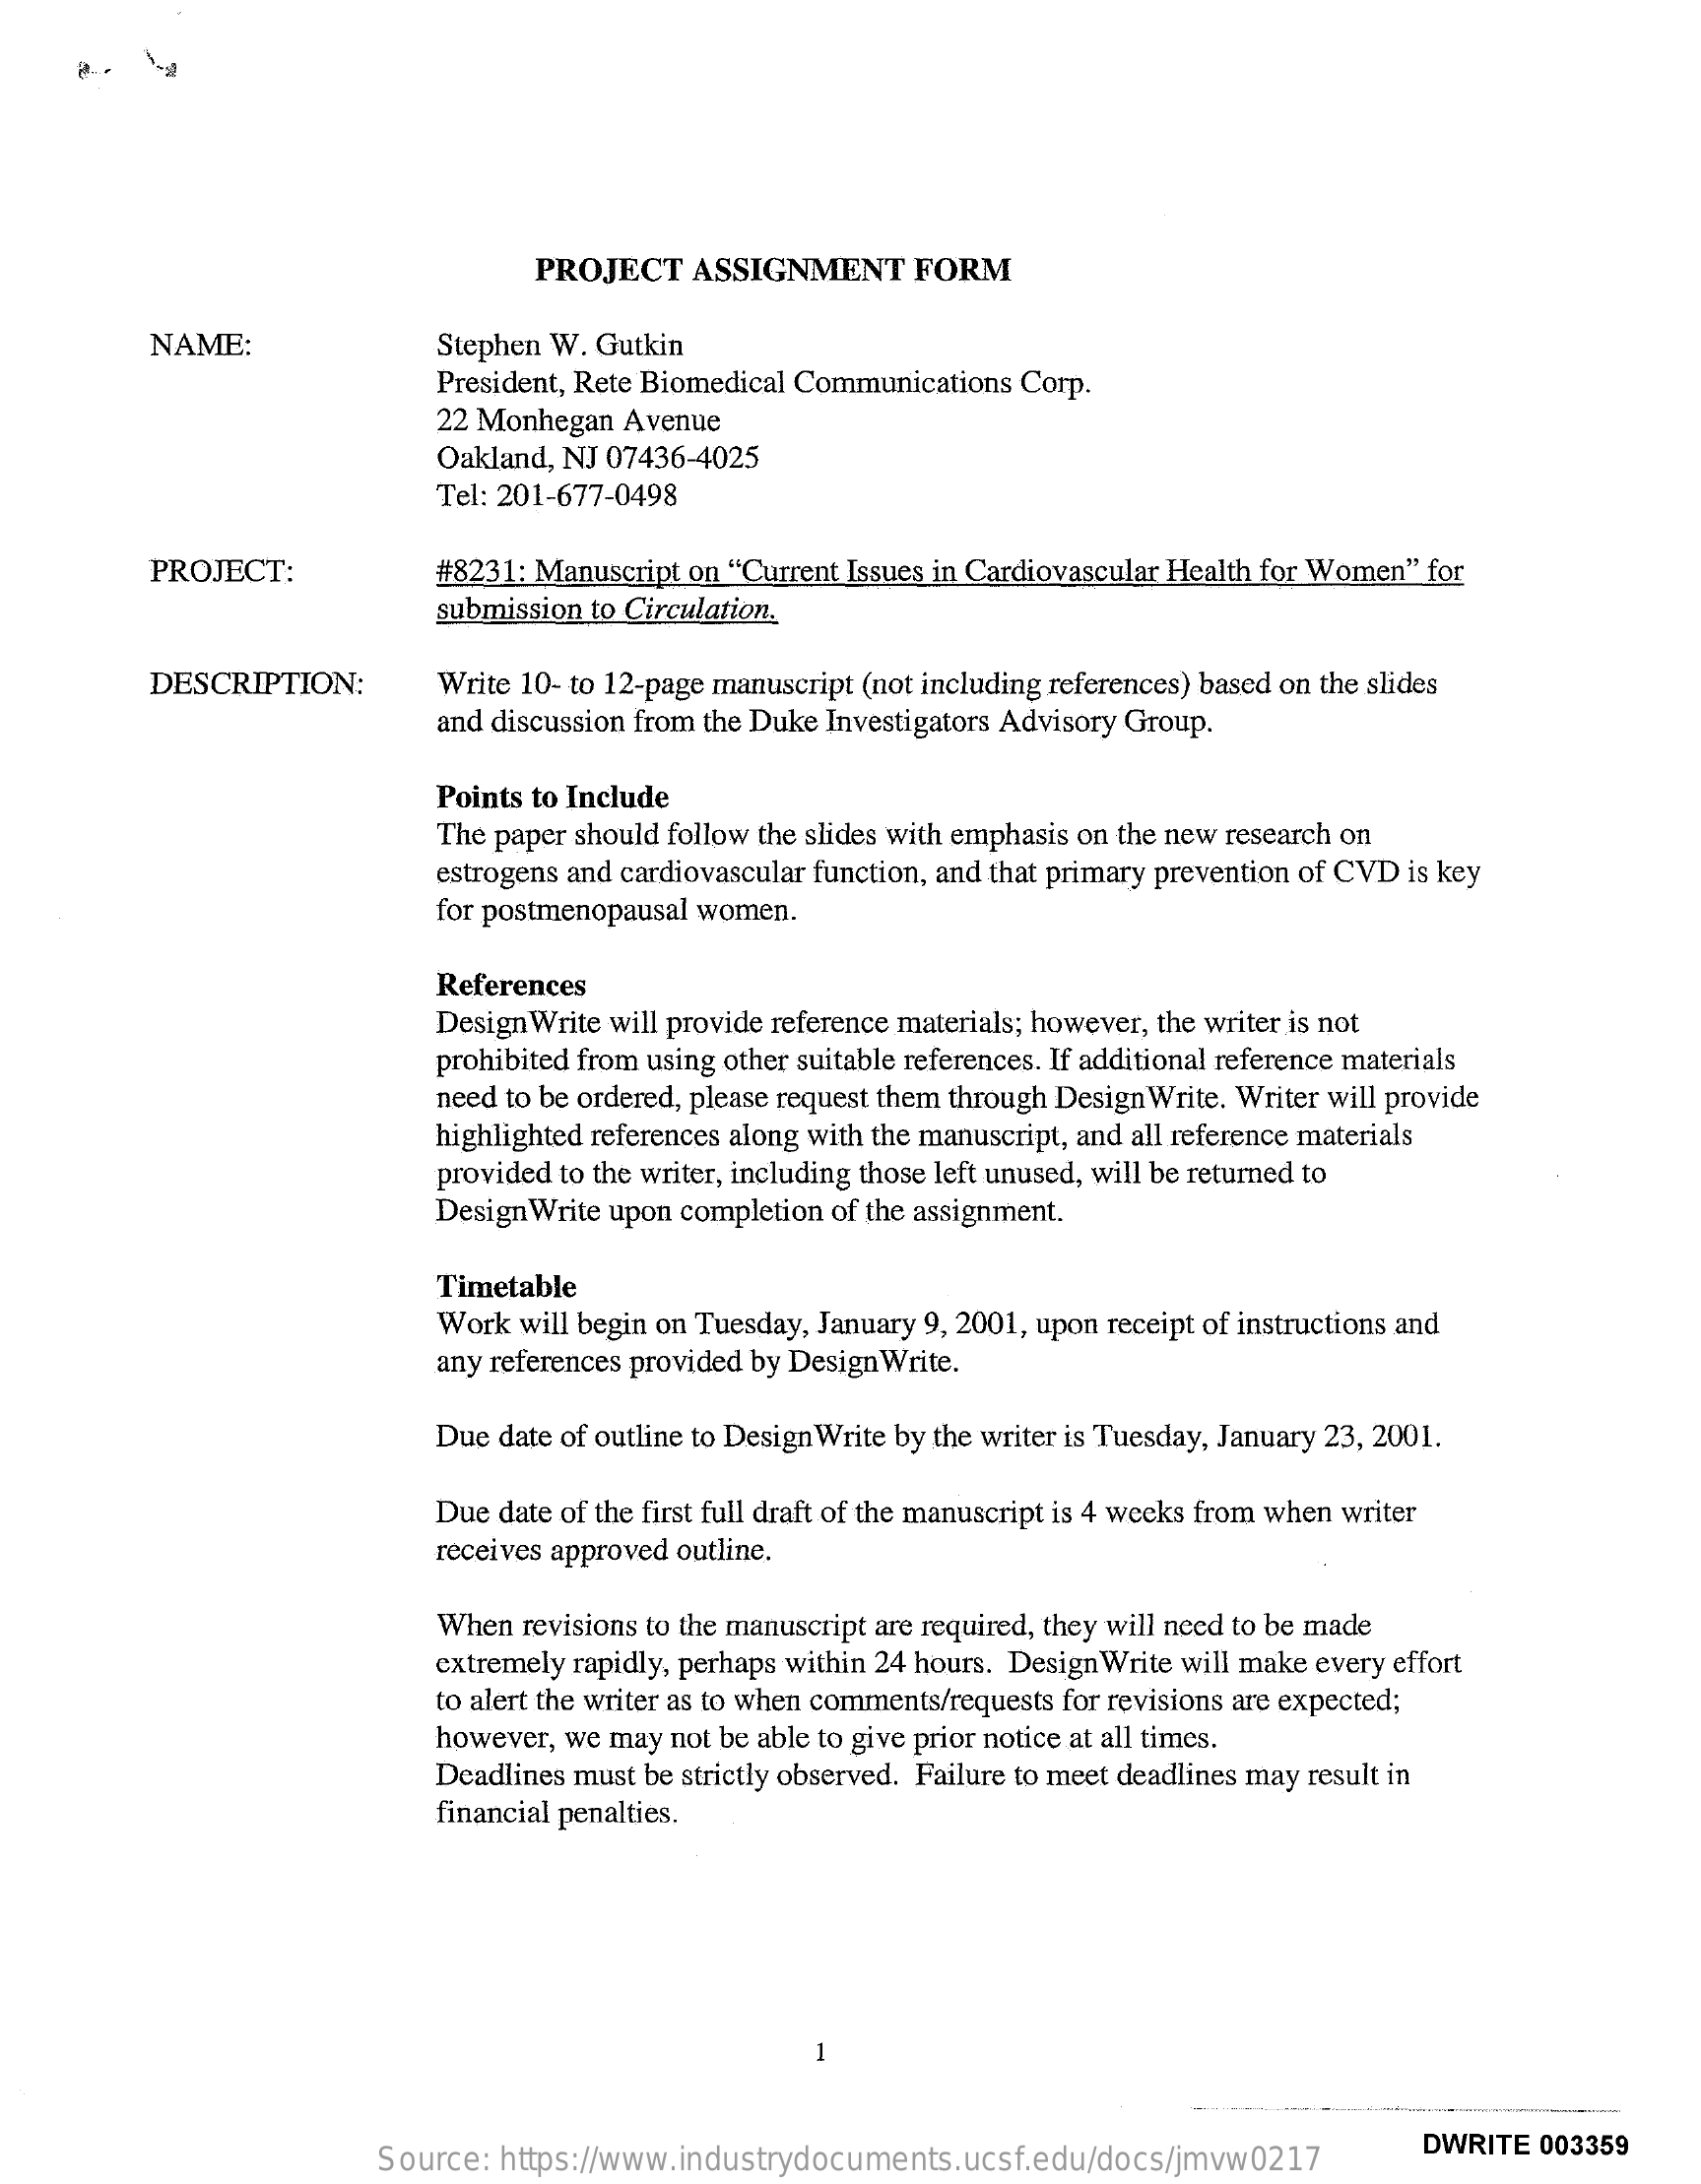
PROJECT  ASSIGNMENT    FORM
     NAME:    Stephen W. Gutkin
     President, Rete Biomedical Communications Corp.
     22 Monhegan Avenue
     Oakland, NJ 07436-4025
     Tel: 201-677-0498
     PROJECT:    #8231: Manuscript on "Current Issues in Cardiovascular Health for Women" for
     submission to Circulation.
     DESCRIPTION:    Write 10- to 12-page manuscript (not including references) based on the slides
     and discussion from the Duke Investigators Advisory Group.
     Points to Include
     The paper should follow the slides with emphasis on the new research on
     estrogens and cardiovascular function, and that primary prevention of CVD is key
     for postmenopausal women.
     References
     Design Write will provide reference materials; however, the writer is not
     prohibited from using other suitable references. If additional reference materials
     need to be ordered, please request them through Design Write. Writer will provide
     highlighted references along with the manuscript, and all reference materials
     provided to the writer, including those left unused, will be returned to
     DesignWrite upon completion of the assignment.
     Timetable
     Work will begin on Tuesday, January 9, 2001, upon receipt of instructions and
     any references provided by Design Write.
     Due date of outline to Design Write by the writer is Tuesday, January 23, 2001.
     Due date of the first full draft of the manuscript is 4 weeks from when writer
     receives approved outline.
     When revisions to the manuscript are required, they will need to be made
     extremely rapidly, perhaps within 24 hours. DesignWrite will make every effort
     to alert the writer as to when comments/requests for revisions are expected;
     however, we may not be able to give prior notice at all times.
     Deadlines must be strictly observed. Failure to meet deadlines may result in
     financial penalties.
     -
     Source: https://www.industrydocuments.ucsf.edu/docs/jmvw0217
     DWRITE 003359